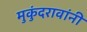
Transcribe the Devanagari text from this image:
मुकुंदरावांनी